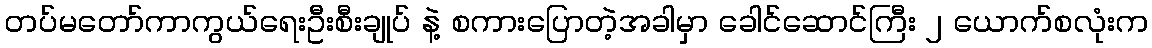
တပ်မတော်ကာကွယ်ရေးဦးစီးချုပ် နဲ့ စကားပြောတဲ့အခါမှာ ခေါင်ဆောင်ကြီး ၂ ယောက်စလုံးက